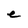
Character: e